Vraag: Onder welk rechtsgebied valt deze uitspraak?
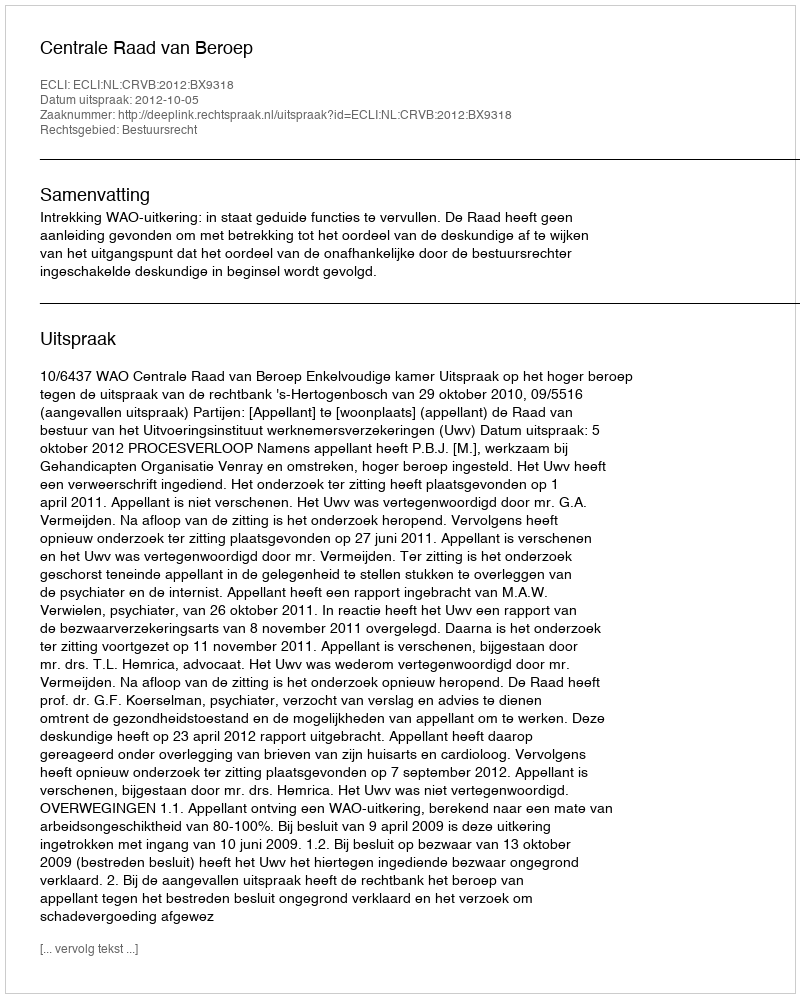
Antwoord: Bestuursrecht